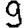
Digit: 9